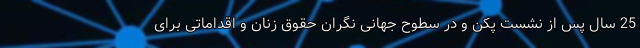
25 سال پس از نشست پکن و در سطوح جهانی نگران حقوق زنان و اقداماتی برای